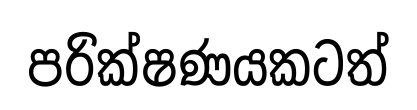
පරික්ෂණයකටත්